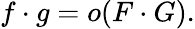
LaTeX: f\cdot g=o(F\cdot G).